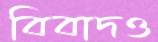
বিবাদও